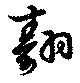
翿